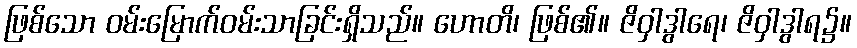
ဖြစ်သော ဝမ်းမြောက်ဝမ်းသာခြင်းရှိသည်။ ဟောတိ၊ ဖြစ်၏။ ဇိဝှါဒွါရေ၊ ဇိဝှါဒွါရ၌။